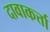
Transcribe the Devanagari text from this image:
दावाकर्त्ता